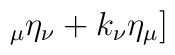
_{\mu }\eta _{\nu }+k_{\nu }\eta _{\mu }]